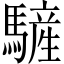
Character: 𩥮